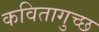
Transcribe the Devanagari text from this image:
कवितागुच्छ